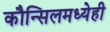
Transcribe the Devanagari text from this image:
कौन्सिलमध्येही